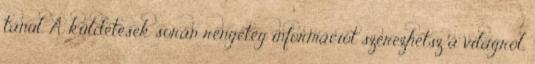
tanul. A küldetések során rengeteg információt szerezhetsz a világról,